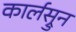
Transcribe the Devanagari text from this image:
कार्लस्रुन